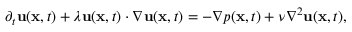
\partial _ { t } { \bf u } ( { \bf x } , t ) + \lambda { \bf u } ( { \bf x } , t ) \cdot \nabla { \bf u } ( { \bf x } , t ) = - \nabla p ( { \bf x } , t ) + \nu \nabla ^ { 2 } { \bf u } ( { \bf x } , t ) ,